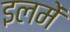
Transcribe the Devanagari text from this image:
इलमें